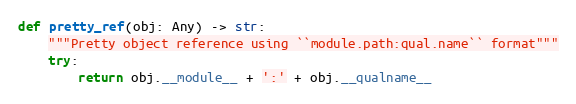
Language: Python
def pretty_ref(obj: Any) -> str:
    """Pretty object reference using ``module.path:qual.name`` format"""
    try:
        return obj.__module__ + ':' + obj.__qualname__